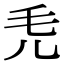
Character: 𣬜